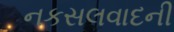
નકસલવાદની